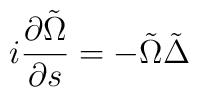
i\frac{\partial\tilde{\Omega}}{\partial s}=-\tilde{\Omega}\tilde{\Delta}